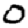
Digit: 0